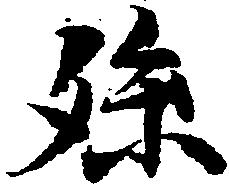
孫